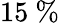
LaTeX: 15\ \%